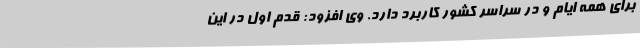
برای همه ایام و در سراسر کشور کاربرد دارد. وی افزود: قدم اول در این